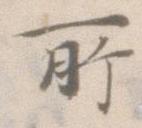
所